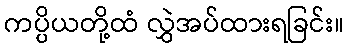
ကပ္ပိယတို့ထံ လွှဲအပ်ထားရခြင်း။